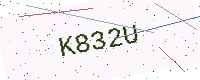
Text: K832U